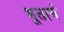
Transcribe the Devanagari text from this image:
भूताचे